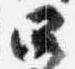
四